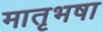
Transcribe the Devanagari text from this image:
मातृभषा